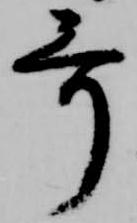
哥